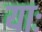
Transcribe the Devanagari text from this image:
याः